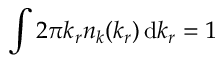
\int 2 \pi k _ { r } n _ { k } ( k _ { r } ) \, \mathrm { d } k _ { r } = 1